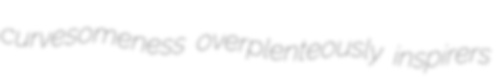
curvesomeness overplenteously inspirers